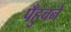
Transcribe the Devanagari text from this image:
पँहुचने